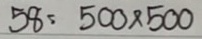
58 = 500 x 500